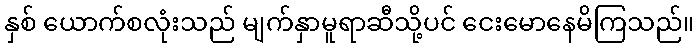
နှစ် ယောက်စလုံးသည် မျက်နှာမူရာဆီသို့ပင် ငေးမောနေမိကြသည်။